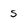
Character: 5